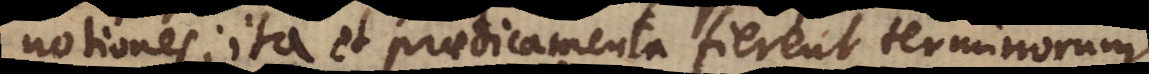
notiones; ita et praedicamenta fierent terminorum